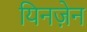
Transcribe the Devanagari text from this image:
यिनज़ेन